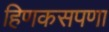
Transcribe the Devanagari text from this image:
हिणकसपणा